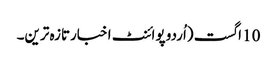
10 اگست (اُردو پوائنٹ اخبارتازہ ترین۔